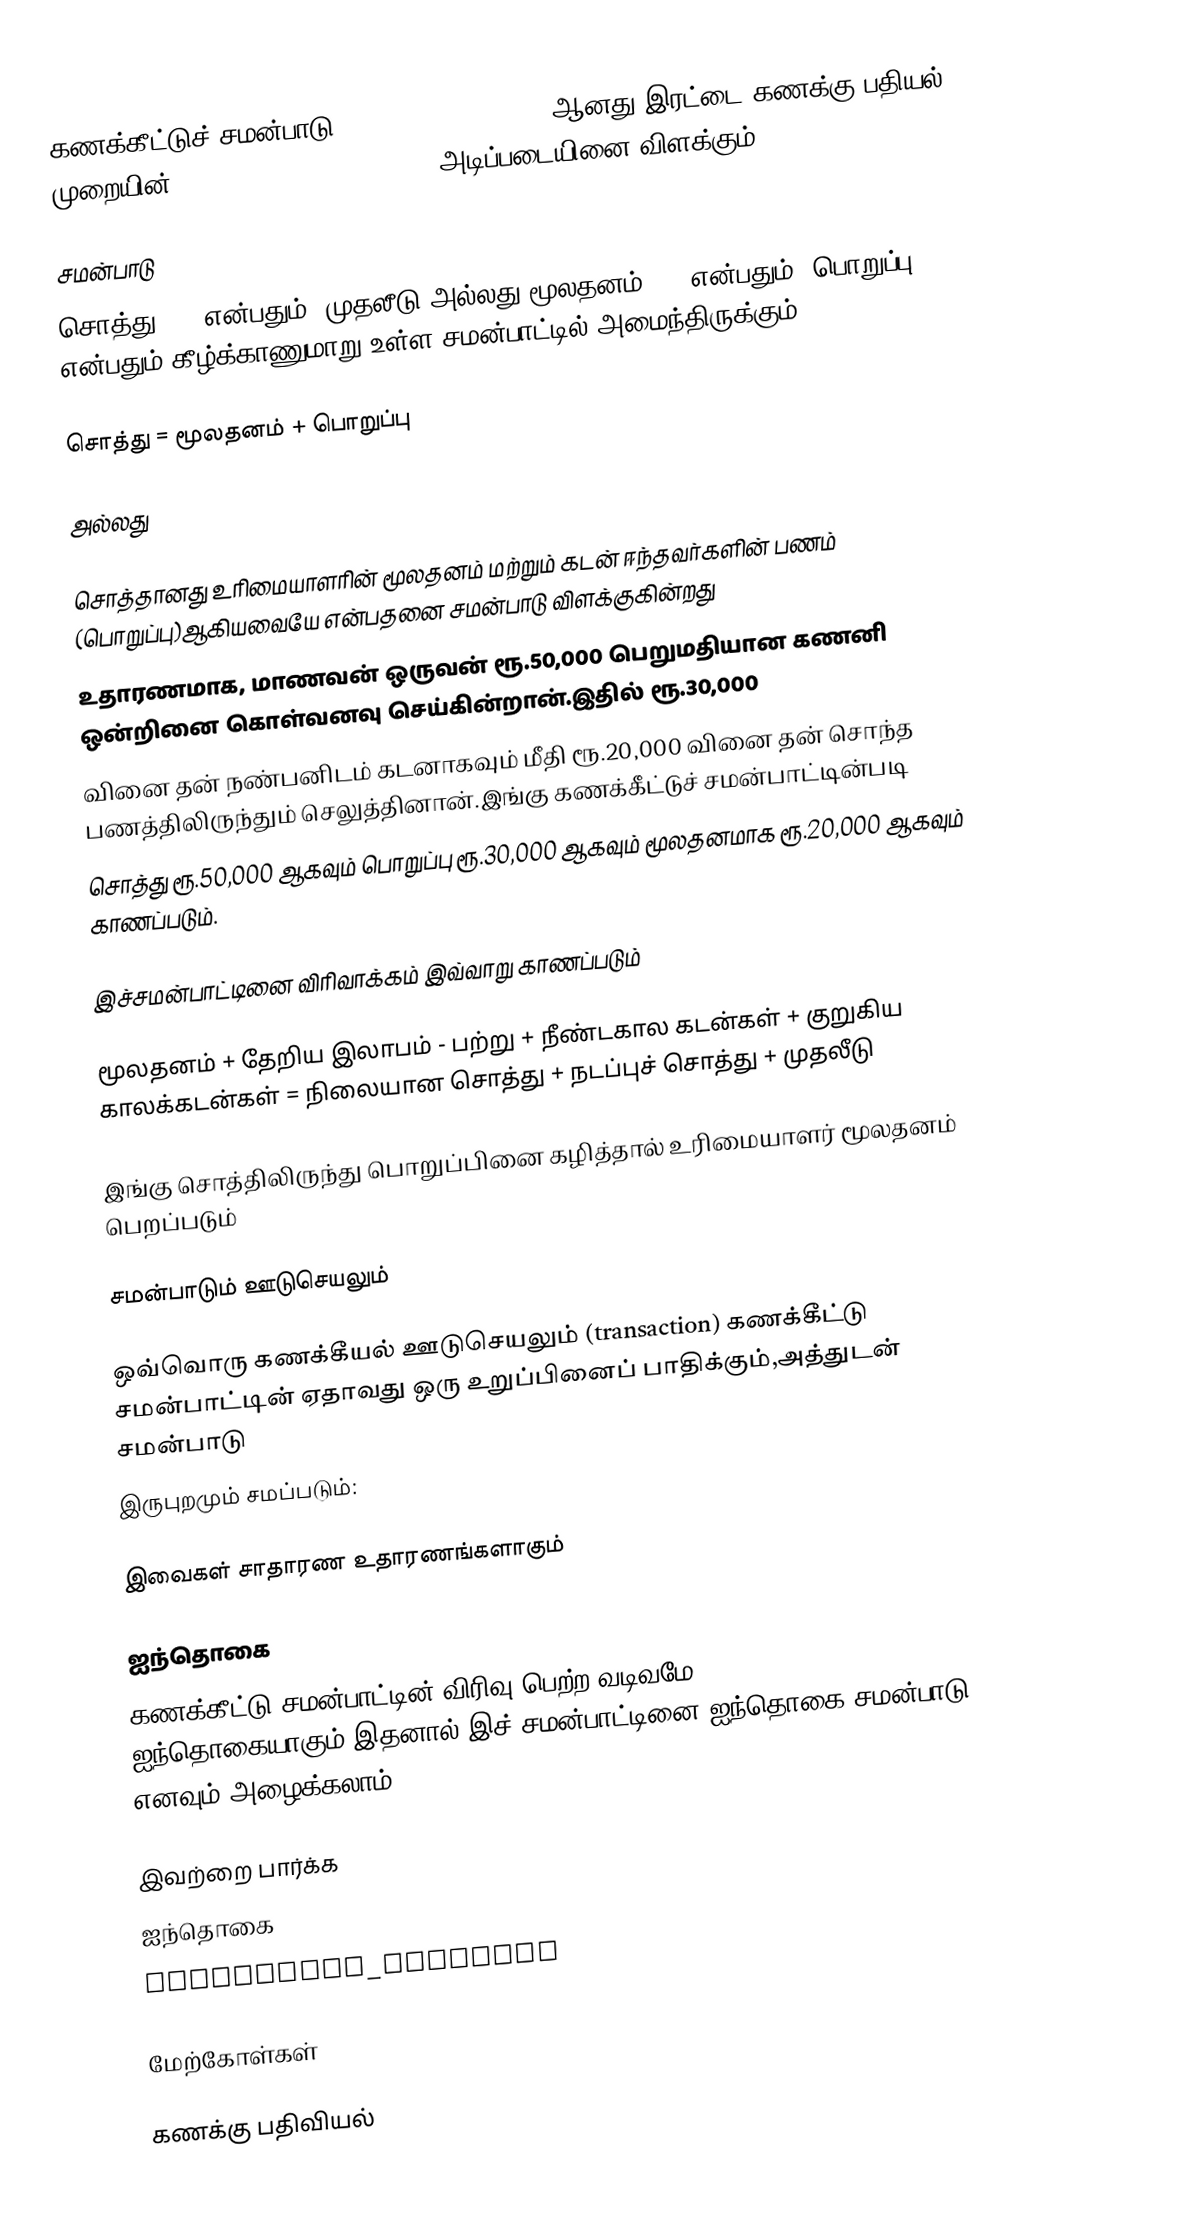
கணக்கீட்டுச் சமன்பாடு(Accounting equation) ஆனது இரட்டை கணக்கு பதியல் முறையின்(double-entry book-keeping)அடிப்படையினை விளக்கும்.

சமன்பாடு
சொத்து (A) என்பதும், முதலீடு அல்லது மூலதனம் (E) என்பதும், பொறுப்பு (L) என்பதும் கீழ்க்காணுமாறு உள்ள சமன்பாட்டில் அமைந்திருக்கும்

சொத்து = மூலதனம் + பொறுப்பு

அல்லது

சொத்தானது உரிமையாளரின் மூலதனம் மற்றும் கடன் ஈந்தவர்களின் பணம் (பொறுப்பு)ஆகியவையே என்பதனை சமன்பாடு விளக்குகின்றது
உதாரணமாக, மாணவன் ஒருவன் ரூ.50,000 பெறுமதியான கணனி ஒன்றினை கொள்வனவு செய்கின்றான்.இதில் ரூ.30,000
வினை தன் நண்பனிடம் கடனாகவும் மீதி ரூ.20,000 வினை தன்  சொந்த பணத்திலிருந்தும் செலுத்தினான்.இங்கு கணக்கீட்டுச் சமன்பாட்டின்படி
சொத்து ரூ.50,000 ஆகவும் பொறுப்பு ரூ.30,000 ஆகவும் மூலதனமாக ரூ.20,000 ஆகவும் காணப்படும்.

இச்சமன்பாட்டினை விரிவாக்கம் இவ்வாறு காணப்படும்

மூலதனம் + தேறிய இலாபம் - பற்று + நீண்டகால கடன்கள் + குறுகிய காலக்கடன்கள் = நிலையான சொத்து + நடப்புச் சொத்து + முதலீடு

இங்கு சொத்திலிருந்து பொறுப்பினை கழித்தால் உரிமையாளர் மூலதனம் பெறப்படும்

சமன்பாடும் ஊடுசெயலும்

ஒவ்வொரு கணக்கீயல் ஊடுசெயலும் (transaction) கணக்கீட்டு சமன்பாட்டின் ஏதாவது ஒரு உறுப்பினைப் பாதிக்கும்,அத்துடன் சமன்பாடு
இருபுறமும் சமப்படும்:

இவைகள் சாதாரண உதாரணங்களாகும்

ஐந்தொகை
கணக்கீட்டு சமன்பாட்டின் விரிவு பெற்ற வடிவமே ஐந்தொகையாகும்.இதனால் இச் சமன்பாட்டினை ஐந்தொகை சமன்பாடு எனவும் அழைக்கலாம்.

இவற்றை பார்க்க
ஐந்தொகை
Accounting_equation

மேற்கோள்கள்

கணக்கு பதிவியல்